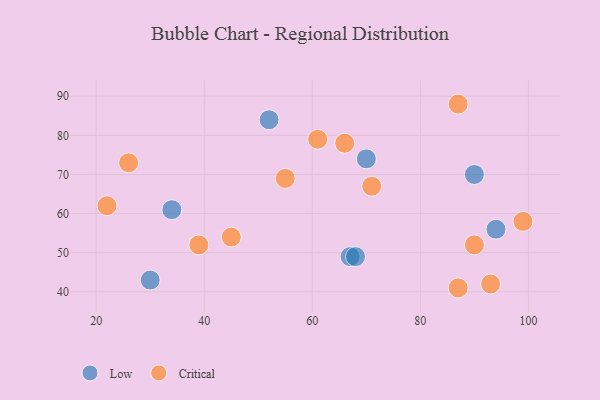
{"axis": {"x": "GDP", "y": "Life Expectancy"}, "legend": ["Critical", "Low"], "data": [{"x": "94", "y": 56, "type": "Low"}, {"x": "34", "y": 61, "type": "Low"}, {"x": "67", "y": 49, "type": "Low"}, {"x": "30", "y": 43, "type": "Low"}, {"x": "70", "y": 74, "type": "Low"}, {"x": "52", "y": 84, "type": "Low"}, {"x": "68", "y": 49, "type": "Low"}, {"x": "90", "y": 70, "type": "Low"}, {"x": "45", "y": 54, "type": "Critical"}, {"x": "90", "y": 52, "type": "Critical"}, {"x": "87", "y": 41, "type": "Critical"}, {"x": "93", "y": 42, "type": "Critical"}, {"x": "55", "y": 69, "type": "Critical"}, {"x": "39", "y": 52, "type": "Critical"}, {"x": "61", "y": 79, "type": "Critical"}, {"x": "22", "y": 62, "type": "Critical"}, {"x": "71", "y": 67, "type": "Critical"}, {"x": "66", "y": 78, "type": "Critical"}, {"x": "26", "y": 73, "type": "Critical"}, {"x": "87", "y": 88, "type": "Critical"}, {"x": "99", "y": 58, "type": "Critical"}]}